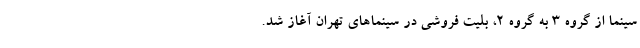
سینما از گروه ۳ به گروه ۲، بلیت فروشی در سینما‌های تهران آغاز شد.